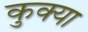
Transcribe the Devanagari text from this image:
कुक्या